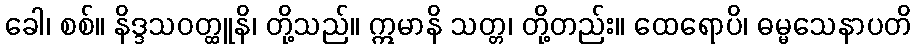
ခေါ၊ စစ်။ နိဒ္ဒသဝတ္ထူနိ၊ တို့သည်။ ဣမာနိ သတ္တ၊ တို့တည်း။ ထေရောပိ၊ ဓမ္မသေနာပတိ